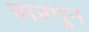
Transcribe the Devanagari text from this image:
सरगुन